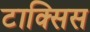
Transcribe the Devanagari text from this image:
टाक्सिस